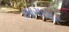
આગરકર